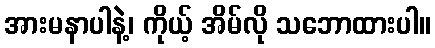
အားမနာပါနဲ့၊ ကိုယ့် အိမ်လို သဘောထားပါ။